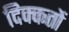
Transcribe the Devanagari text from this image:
दिक्‍कतों